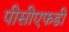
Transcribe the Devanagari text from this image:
पीसीएफडी